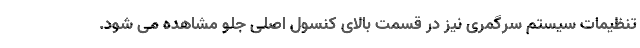
تنظیمات سیستم سرگمری نیز در قسمت بالای کنسول اصلی جلو مشاهده می شود.